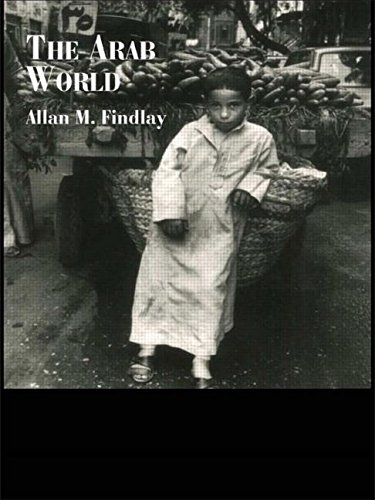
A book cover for The Arab World (Routledge Introductions to Development); Allan M. Findlay; History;